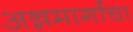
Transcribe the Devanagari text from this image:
अन्नमार्गाचा